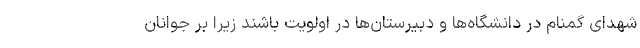
شهدای گمنام در دانشگاه‌ها و دبیرستان‌ها در اولویت باشند زیرا بر جوانان